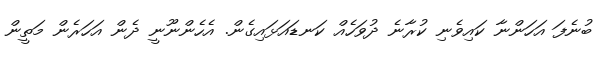
ބުނެފަ އަހަންނާ ކައިވެނި ކުރާނެ ދުވަހެއް ކަނޑައަޅައިގެން. އެހެންނޫނީ ދެން އަހަރެން މަތީން